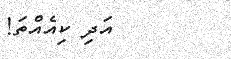
އަދި ކިއެއްތަ!